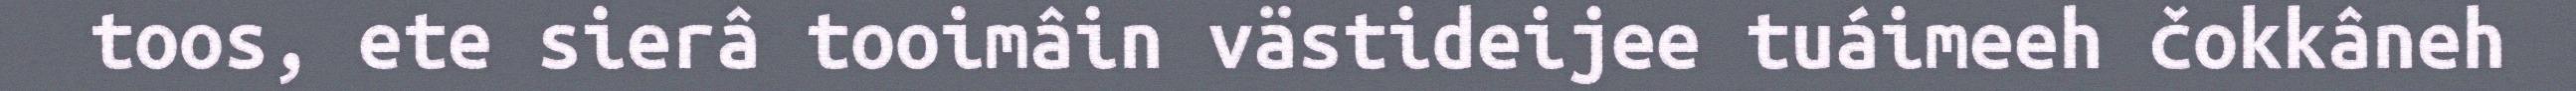
toos, ete sierâ tooimâin västideijee tuáimeeh čokkâneh